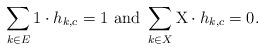
LaTeX: \begin{align*}\sum_{k\in E}\mbox{1}\cdot h_{k,c} =1 \mbox{ and } \sum_{k\in X}\mbox{X}\cdot h_{k,c} = 0.\end{align*}